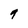
Character: 9